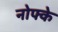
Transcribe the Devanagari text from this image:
नोफ्के